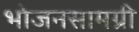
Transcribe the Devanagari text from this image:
भोजनसामग्री